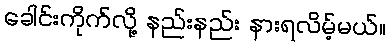
ခေါင်းကိုက်လို့ နည်းနည်း နားရလိမ့်မယ်။